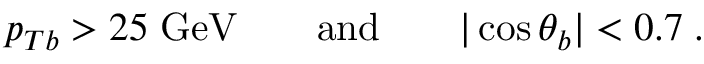
p _ { T b } > 2 5 \; \mathrm { G e V } \qquad \mathrm { a n d } \qquad | \cos \theta _ { b } | < 0 . 7 \; .